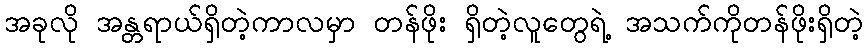
အခုလို အန္တရာယ်ရှိတဲ့ကာလမှာ တန်ဖိုး ရှိတဲ့လူတွေရဲ့ အသက်ကိုတန်ဖိုးရှိတဲ့